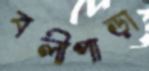
বলীপাড়া